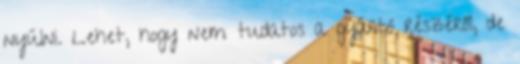
nyúlni. Lehet, hogy nem tudatos a gyártó részéről, de